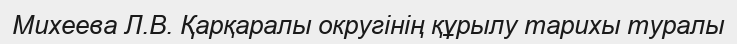
Михеева Л.В. Қарқаралы округінің құрылу тарихы туралы